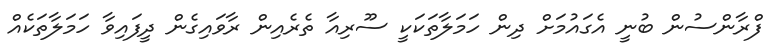
ފްރާންސުން ބުނީ އެގައުމަށް ދިން ހަމަލާތަކަކީ ސޫރިއާ ތެރެއިން ރާވައިގެން ދީފައިވާ ހަމަލާތަކެއް